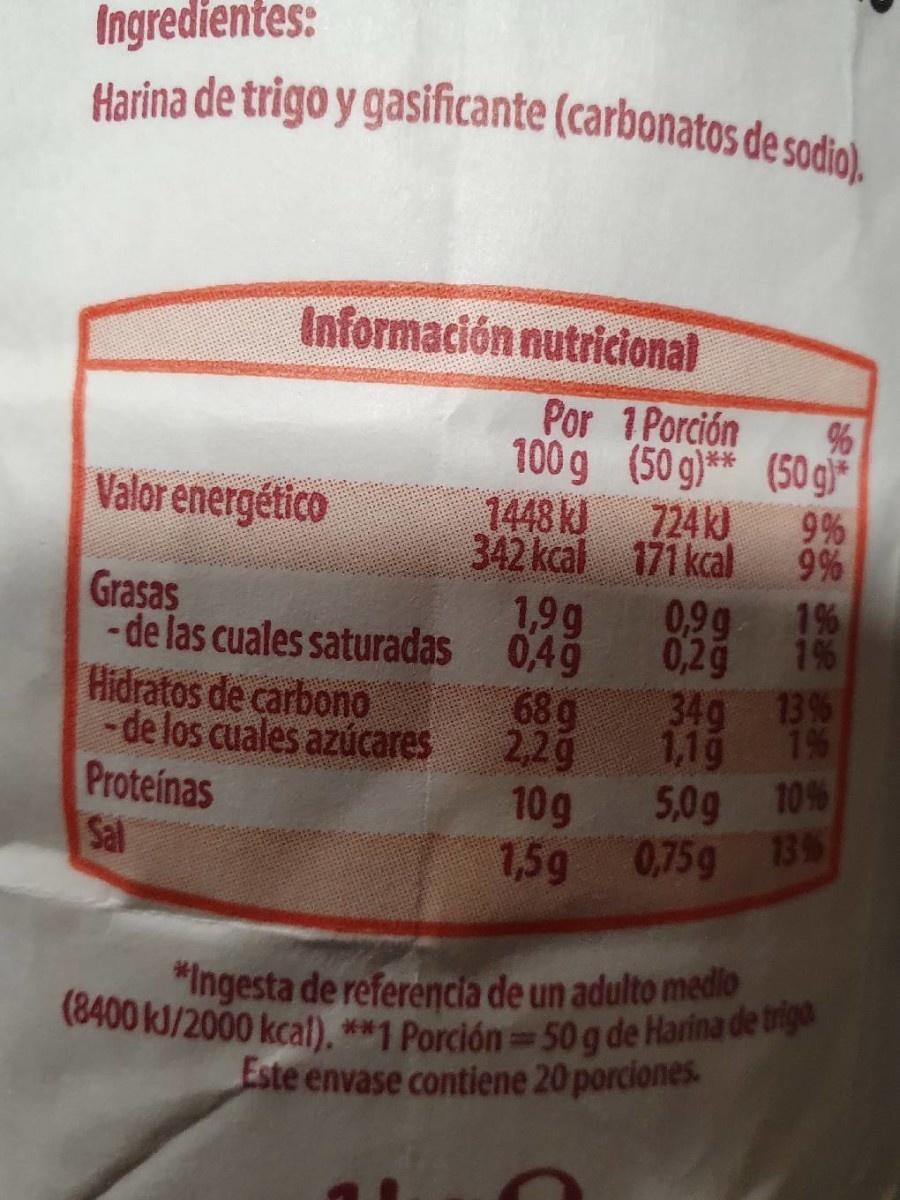
Ingredientes: Harina de trigo y gasificante (carbonatos de sodio).
Información nutricional
Por 1Porción 100 g (50 g)** (50 g* 724 k)
Valor energético
9% 342 kcal 171 kcal
1448 kJ
9 %
Grasas
1,9g - de las cuales saturadas
0,9g 1%
0,49 68g 2,2g 10g 1,5g
0,2g 34g 13% 1,1g 1% 5,0g 10% 0,75g 13%
1%
Hidratos de carbono -de los cuales azúcares Proteinas Sal
"Ingesta de referencia de un adulto medlo (8400 kJ/2000 kcal), **1 Porción 50g de Harina de triga Este envase contiene 20 porciones